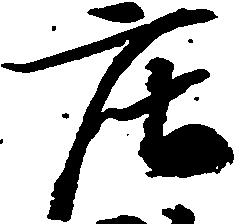
庄